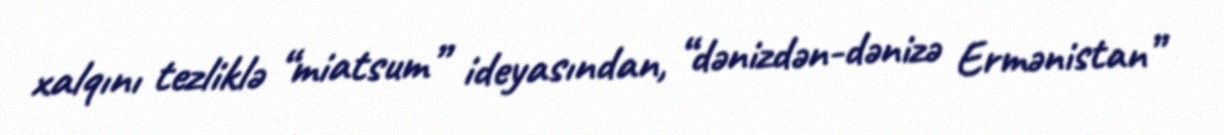
xalqını tezliklə “miatsum” ideyasından, “dənizdən-dənizə Ermənistan”